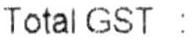
TOTAL GST :